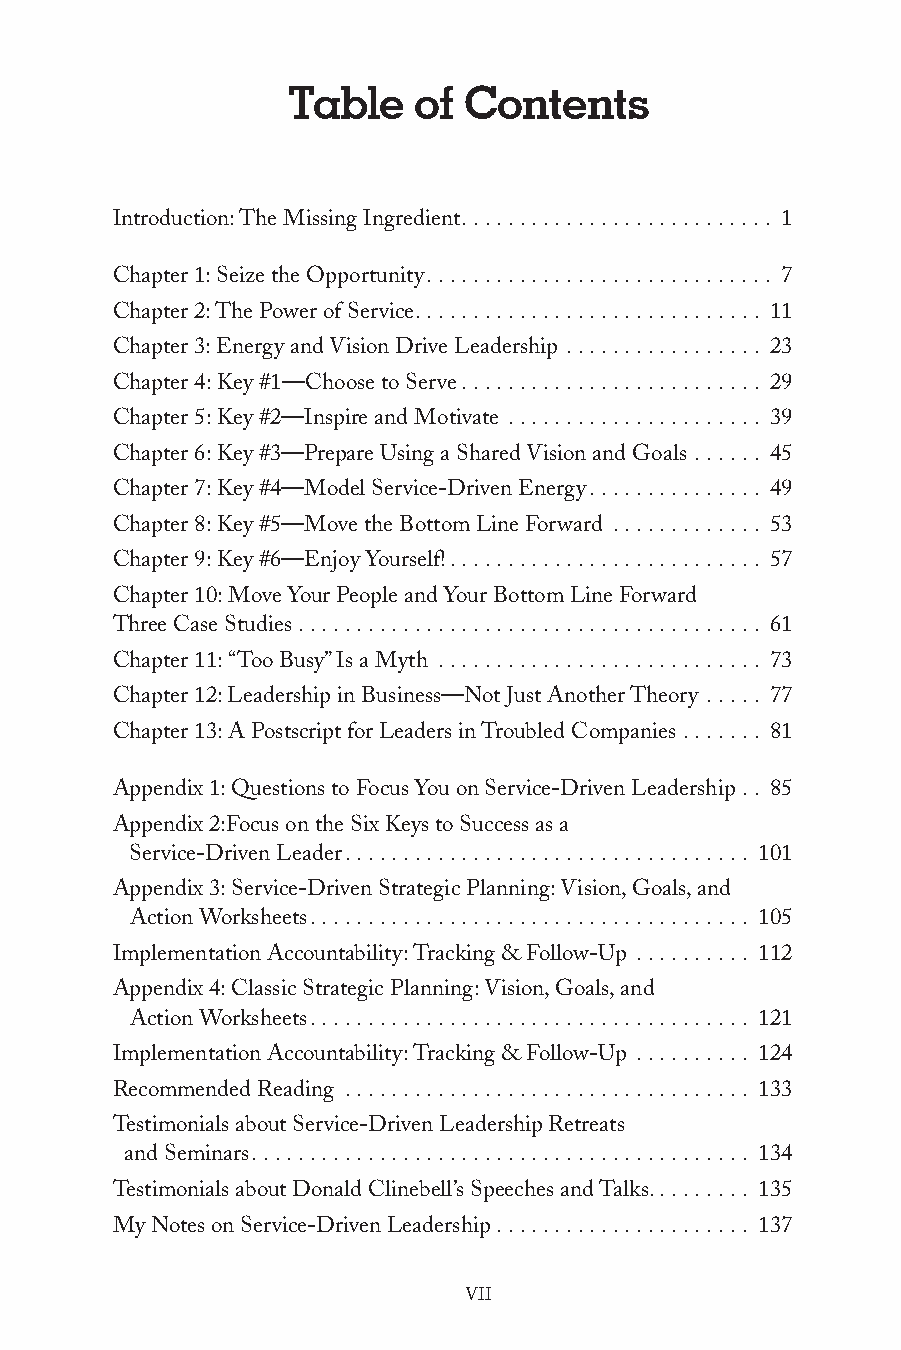
Table   of  Contents
 Introduction: The Missing Ingredient ........................... 1
 Chapter 1: Seize the Opportunity .............................. 7
 Chapter 2: The Power of Service .............................. 11
 Chapter 3: Energy and Vision Drive Leadership ................. 23
 Chapter 4: Key #1—Choose to Serve .......................... 29
 Chapter 5: Key #2—Inspire and Motivate ...................... 39
 Chapter 6: Key #3—Prepare Using a Shared Vision and Goals ...... 45
 Chapter 7: Key #4—Model Service-Driven Energy ............... 49
 Chapter 8: Key #5—Move the Bottom Line Forward ............. 53
 Chapter 9: Key #6—Enjoy Yourself! ........................... 57
 Chapter 10: Move Your People and Your Bottom Line Forward
 Three Case Studies ........................................ 61
 Chapter 11: “Too Busy” Is a Myth ............................ 73
 Chapter 12: Leadership in Business—Not Just Another Theory ..... 77
 Chapter 13: A Postscript for Leaders in Troubled Companies ....... 81
 Appendix 1: Questions to Focus You on Service-Driven Leadership .. 85
 Appendix 2:Focus on the Six Keys to Success as a
 Service-Driven Leader ................................... 101
 Appendix 3: Service-Driven Strategic Planning: Vision, Goals, and
 Action Worksheets ...................................... 105
 Implementation Accountability: Tracking & Follow-Up .......... 112
 Appendix 4: Classic Strategic Planning: Vision, Goals, and
 Action Worksheets ...................................... 121
 Implementation Accountability: Tracking & Follow-Up .......... 124
 Recommended Reading ................................... 133
 Testimonials about Service-Driven Leadership Retreats
 and Seminars ........................................... 134
 Testimonials about Donald Clinebell’s Speeches and Talks. . . . . . . . . 135
 My Notes on Service-Driven Leadership ...................... 137
 VII